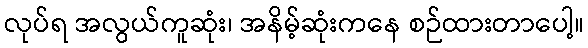
လုပ်ရ အလွယ်ကူဆုံး၊ အနိမ့်ဆုံးကနေ စဉ်ထားတာပေါ့။